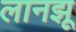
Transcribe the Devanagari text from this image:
लानझू